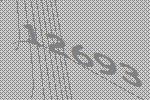
12693